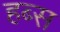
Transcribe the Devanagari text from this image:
हब्स